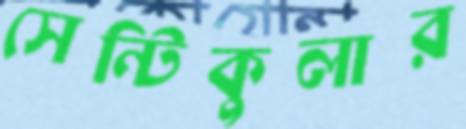
সেন্টিকুলার